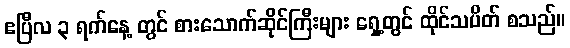
ဧပြီလ ၃ ရက်နေ့ တွင် စားသောက်ဆိုင်ကြီးများ ရှေ့တွင် ထိုင်သပိတ် စသည်။